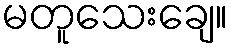
မတူသေးချေ။